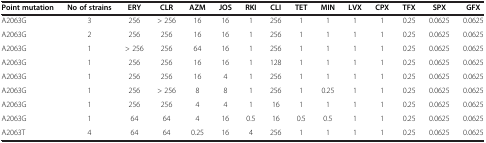
| Point mutation | No of strains | ERY | CLR | AZM | JOS | RKI | CLI | TET | MIN | LVX | CPX | TFX | SPX | GFX |
 | --- | --- | --- | --- | --- | --- | --- | --- | --- | --- | --- | --- | --- | --- | --- |
 | A2063G | 3 | 256 | > 256 | 16 | 16 | 1 | 256 | 1 | 1 | 1 | 1 | 0.25 | 0.0625 | 0.0625 |
 | A2063G | 2 | 256 | 256 | 16 | 16 | 1 | 256 | 1 | 1 | 1 | 1 | 0.25 | 0.0625 | 0.0625 |
 | A2063G | 1 | > 256 | 256 | 64 | 16 | 1 | 256 | 1 | 1 | 1 | 1 | 0.25 | 0.0625 | 0.0625 |
 | A2063G | 1 | 256 | 256 | 16 | 16 | 1 | 128 | 1 | 1 | 1 | 1 | 0.25 | 0.0625 | 0.0625 |
 | A2063G | 1 | 256 | 256 | 16 | 4 | 1 | 256 | 1 | 1 | 1 | 1 | 0.25 | 0.0625 | 0.0625 |
 | A2063G | 1 | 256 | > 256 | 8 | 8 | 1 | 256 | 1 | 0.25 | 1 | 1 | 0.25 | 0.0625 | 0.0625 |
 | A2063G | 1 | 256 | 256 | 4 | 4 | 1 | 16 | 1 | 1 | 1 | 1 | 0.25 | 0.0625 | 0.0625 |
 | A2063G | 1 | 64 | 64 | 4 | 16 | 0.5 | 16 | 0.5 | 0.5 | 1 | 1 | 0.25 | 0.0625 | 0.0625 |
 | A2063T | 4 | 64 | 64 | 0.25 | 16 | 4 | 256 | 1 | 1 | 1 | 1 | 0.25 | 0.0625 | 0.0625 |